Leningradi_Edasi_toimetus, lk 13
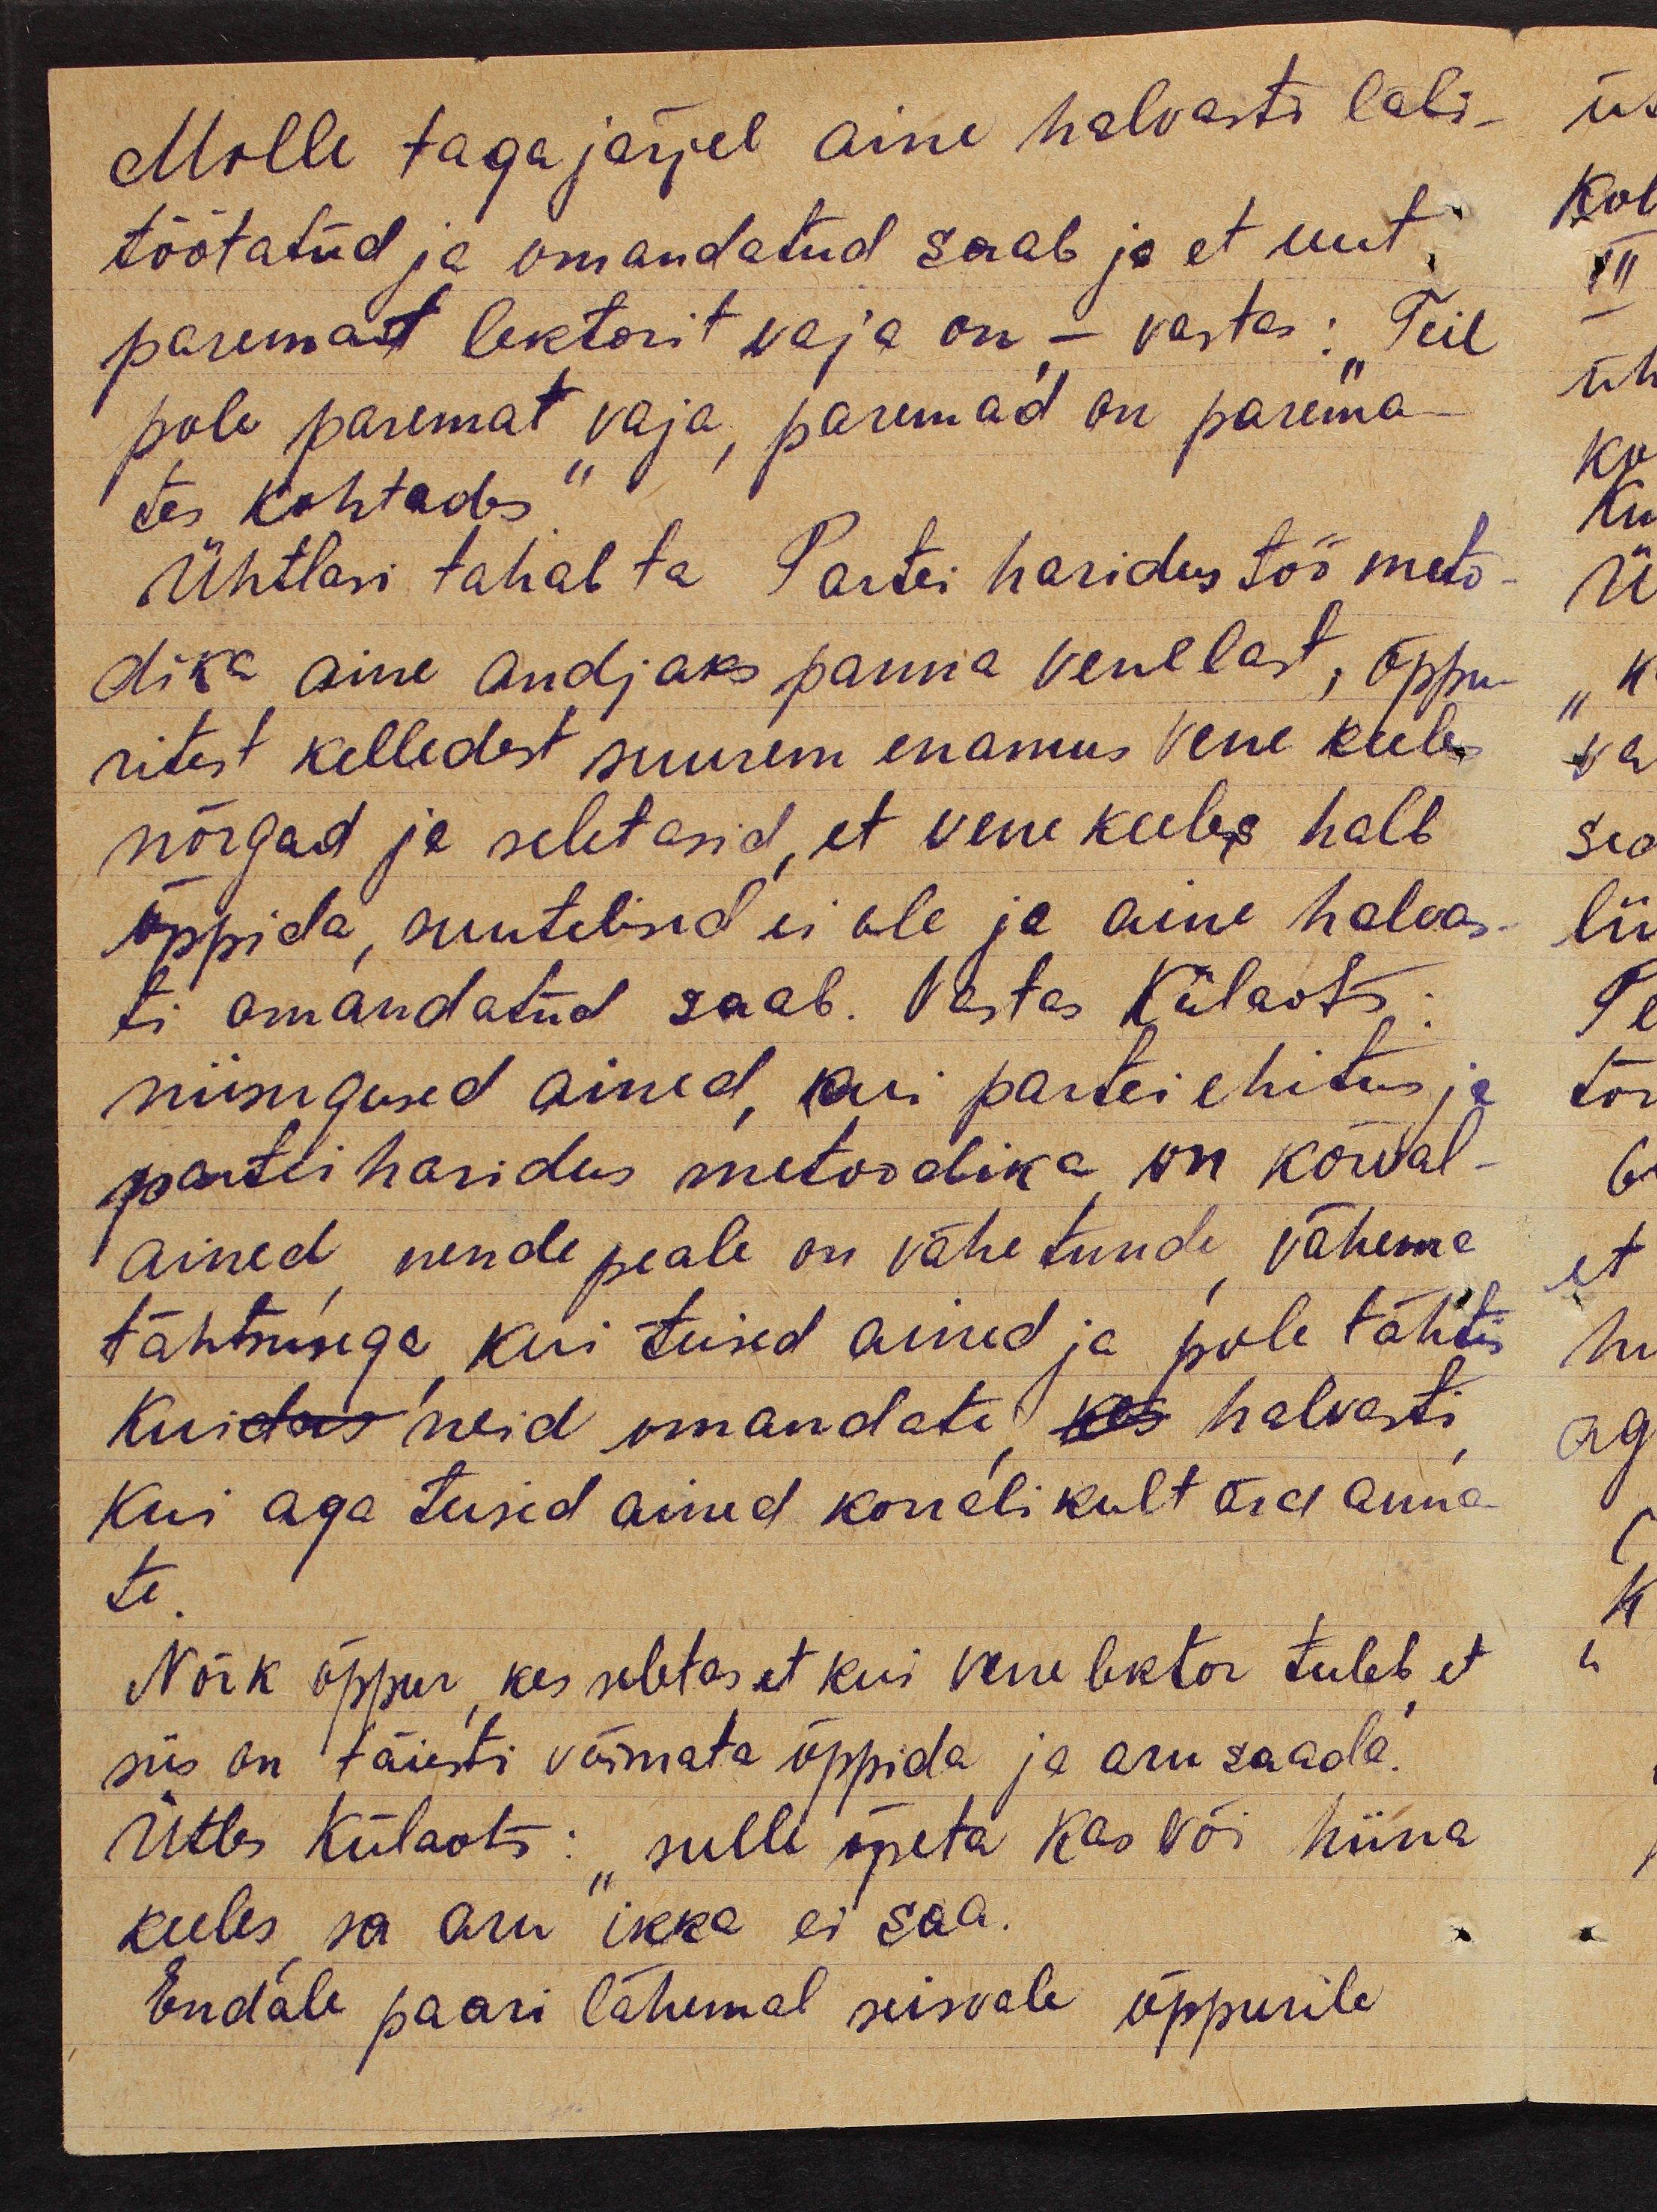
Mille tagajärjel aine halvasti läbi-
töötatud ja omandatud saab ja et uut
paremat lektorit waja on, - vastas: "Teil
pole paremat vaja, paremad on parema-
tes kohtades."
Ühtlasi tahab ta Partei haridustöö meto-
dika aine andjaks panna venelast, õppu-
ritest kelledest suurem enamus vene keeles
nõrgad ja seletasid, et vene keeles halb
õppida, suutelised ei ole ja aine halvas-
ti omandatud saab. Vastas Külaots:
niisugused ained, kui partei ehitus ja
partei haridus metoodika on kõrval-
ained, nende peale on vähe tunde, vähema
tähtsusega, kui teised ained ja pole tähtis
kuidas neid omandate, kes halvasti,
kui aga teised ained korralikult ära anna-
te.
Nõrk õppur, kes seletas et kui vene lektor tuleb, et
siis on täiesti võimata õppida ja aru saada.
Ütles Külaots: "sulle õpeta kas või hiina
keeles, sa aru ikka ei saa.
Endale paari lähemal seisvale õppurile